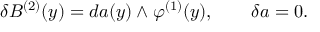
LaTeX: \delta B ^ { ( 2 ) } ( y ) = d a ( y ) \wedge \varphi ^ { ( 1 ) } ( y ) , \qquad \delta a = 0 .